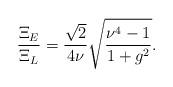
LaTeX: \begin{align*}\frac{\Xi_E}{\Xi_L} = \frac{\sqrt{2}}{4 \nu}\sqrt{\frac{\nu^4 - 1}{1 + g^2}}.\end{align*}